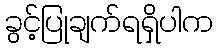
ခွင့်ပြုချက်ရရှိပါက